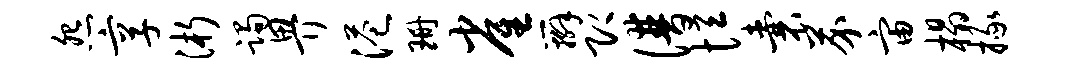
怨享浙躅畀港珊雀辫即谱恒囊芥宙榻掾